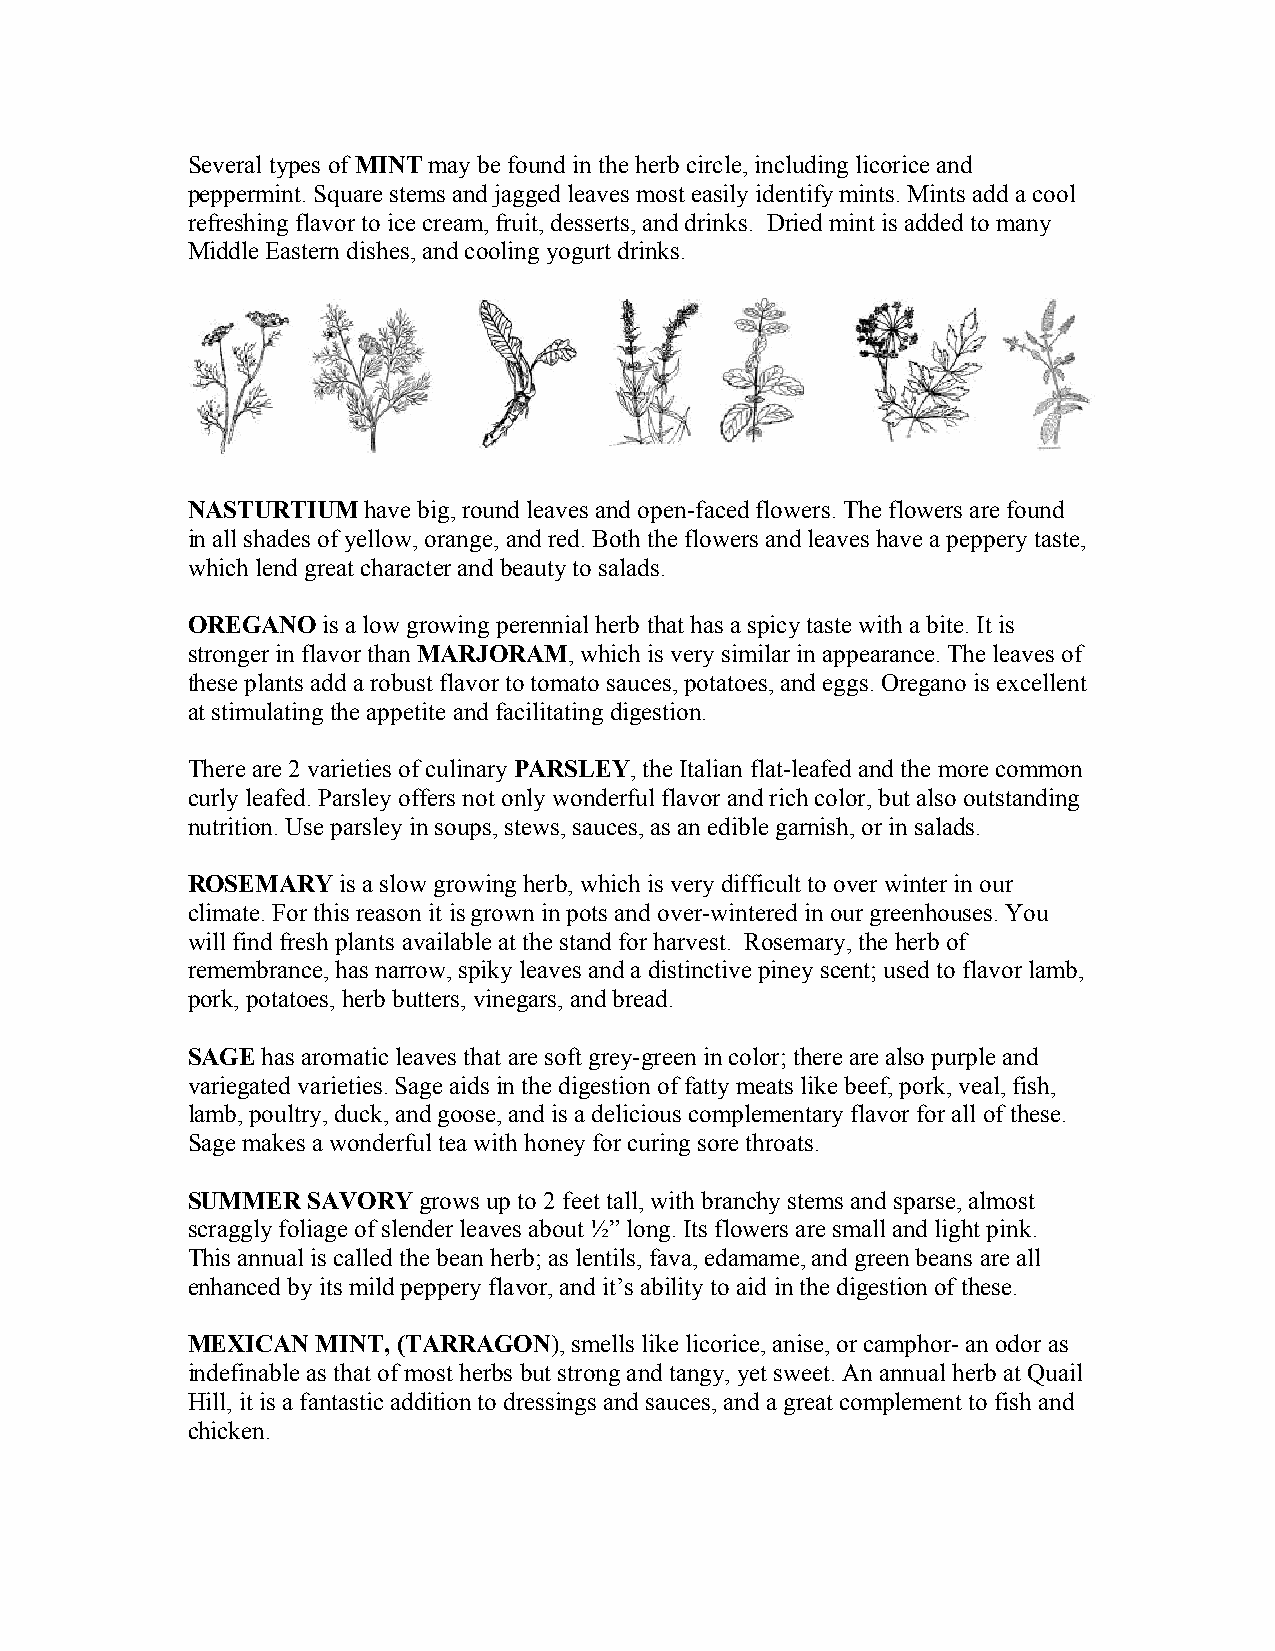
Several types of MINT may be found in the herb circle, including licorice and
 peppermint. Square stems and jagged leaves most easily identify mints. Mints add a cool
 refreshing flavor to ice cream, fruit, desserts, and drinks. Dried mint is added to many
 Middle Eastern dishes, and cooling yogurt drinks.
 NASTURTIUM  have big, round leaves and open-faced flowers. The flowers are found
 in all shades of yellow, orange, and red. Both the flowers and leaves have a peppery taste,
 which lend great character and beauty to salads.
 OREGANO  is a low growing perennial herb that has a spicy taste with a bite. It is
 stronger in flavor than MARJORAM, which is very similar in appearance. The leaves of
 these plants add a robust flavor to tomato sauces, potatoes, and eggs. Oregano is excellent
 at stimulating the appetite and facilitating digestion.
 There are 2 varieties of culinary PARSLEY, the Italian flat-leafed and the more common
 curly leafed. Parsley offers not only wonderful flavor and rich color, but also outstanding
 nutrition. Use parsley in soups, stews, sauces, as an edible garnish, or in salads.
 ROSEMARY  is a slow growing herb, which is very difficult to over winter in our
 climate. For this reason it is grown in pots and over-wintered in our greenhouses. You
 will find fresh plants available at the stand for harvest. Rosemary, the herb of
 remembrance, has narrow, spiky leaves and a distinctive piney scent; used to flavor lamb,
 pork, potatoes, herb butters, vinegars, and bread.
 SAGE has aromatic leaves that are soft grey-green in color; there are also purple and
 variegated varieties. Sage aids in the digestion of fatty meats like beef, pork, veal, fish,
 lamb, poultry, duck, and goose, and is a delicious complementary flavor for all of these.
 Sage makes a wonderful tea with honey for curing sore throats.
 SUMMER  SAVORY  grows up to 2 feet tall, with branchy stems and sparse, almost
 scraggly foliage of slender leaves about ½” long. Its flowers are small and light pink.
 This annual is called the bean herb; as lentils, fava, edamame, and green beans are all
 enhanced by its mild peppery flavor, and it’s ability to aid in the digestion of these.
 MEXICAN  MINT, (TARRAGON), smells like licorice, anise, or camphor- an odor as
 indefinable as that of most herbs but strong and tangy, yet sweet. An annual herb at Quail
 Hill, it is a fantastic addition to dressings and sauces, and a great complement to fish and
 chicken.